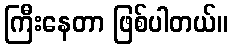
ကြီးနေတာ ဖြစ်ပါတယ်။